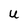
Character: U